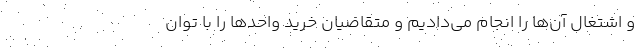
و اشتغال آن‌ها را انجام می‌دادیم و متقاضیان خرید واحدها را با توان